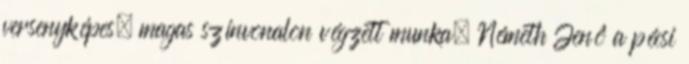
versenyképes, magas színvonalon végzett munka. Németh Jenô a pécsi